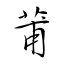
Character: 莆